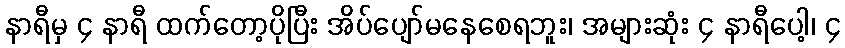
နာရီမှ ၄ နာရီ ထက်တော့ပိုပြီး အိပ်ပျော်မနေစေရဘူး၊ အများဆုံး ၄ နာရီပေါ့၊ ၄